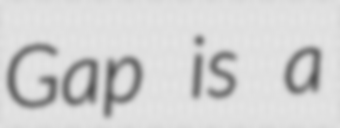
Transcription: Gap is a